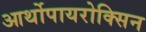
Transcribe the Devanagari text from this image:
आर्थोपायरोक्सिन